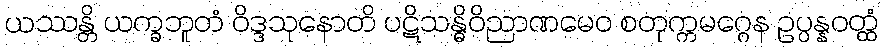
ယဿန္တိ ယက္ခဘူတံ ဝိဒ္ဒသုနောတိ ပဋိသန္ဓိဝိညာဏမေဝ စတုက္ကမဂ္ဂေန ဥပ္ပန္နဝတ္ထံ